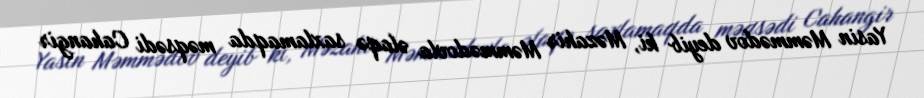
Yasin Məmmədov deyib ki, Məzahir Məmmədovla əlaqə saxlamaqda məqsədi Cahangir